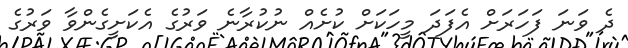
ދެ ވަނަ ފަހަރަށް އެފަދަ މީހަކަށް ކުށެއް ނުކުރާނެ ވަރުގެ އެކަށީގެންވާ ވަރުގެ